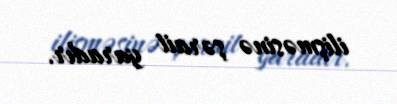
ilişməsinə şərait yaradır.